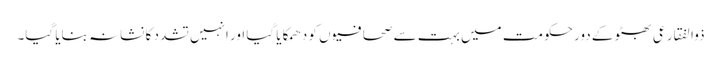
ذوالفقار عی بھٹو کے دور حکومت میں بہت سے صحافیو ں کو دھمکایا گیا اور انہیں تشدد کا نشانہ بنایا گیا۔